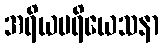
အရိယပရိယေသနာ